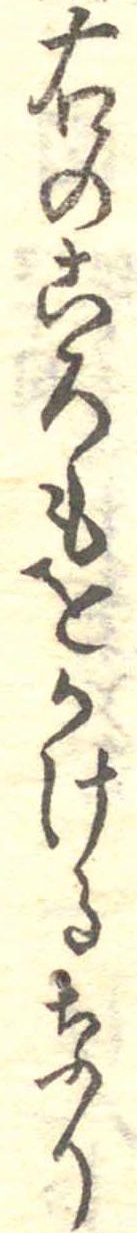
右のころもをかけるなり